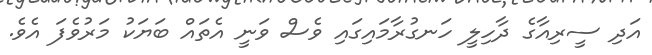
އަދި ސީރިއާގެ ދާހިލީ ހަނގުރާމައިގައި ވެސް ވަނީ އެތައް ބަޔަކު މަރުވެފަ އެވެ.